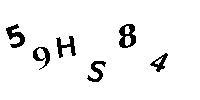
59HS84